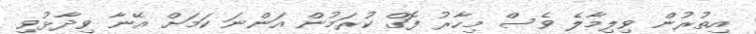
އިތުރުން ވިލިމާލެ ވެސް މިހާރު ފޮގް ކުރަމުން އަންނަ ކަމަށް އޭނާ ވިދާޅުވި